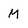
Character: M